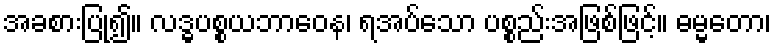
အခစားပြု၍။ လဒ္ဓပစ္စယဘာဝေန၊ ရအပ်သော ပစ္စည်းအဖြစ်ဖြင့်။ ဓမ္မတော၊